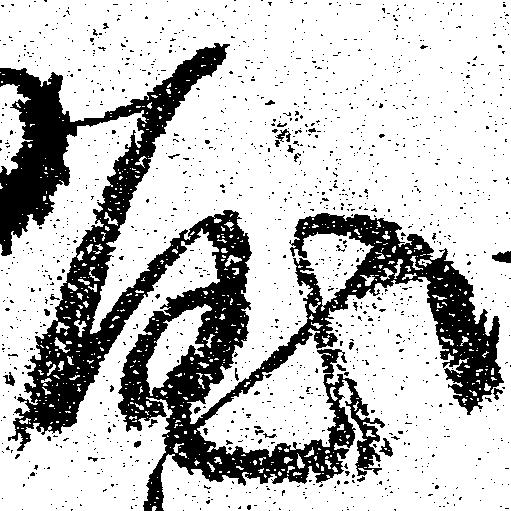
や